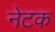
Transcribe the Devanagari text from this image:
नेटक